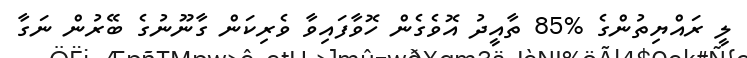
ލީ ރައްޔިތުންގެ %85 ތާއީދު އޮވެގެން ހޮވާފައިވާ ވެރިކަން ގާނޫނުގެ ބޭރުން ނަގާ